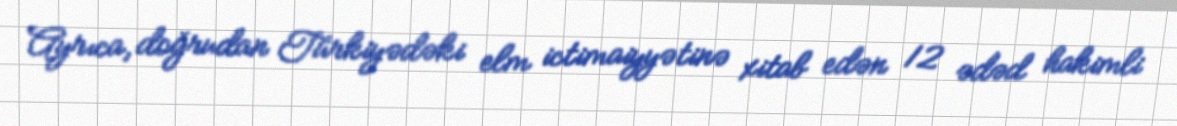
Ayrıca, doğrudan Türkiyədəki elm ictimaiyyətinə xitab edən 12 ədəd hakimli